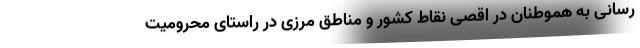
رسانی به هموطنان در اقصی نقاط کشور و مناطق مرزی در راستای محرومیت